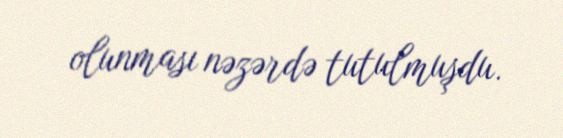
olunması nəzərdə tutulmuşdu.